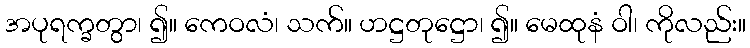
အပုရက္ခတွာ၊ ၍။ ကေဝလံ၊ သက်။ ဟဋ္ဌတုဋ္ဌော၊ ၍။ မေထုနံ ဝါ၊ ကိုလည်း။